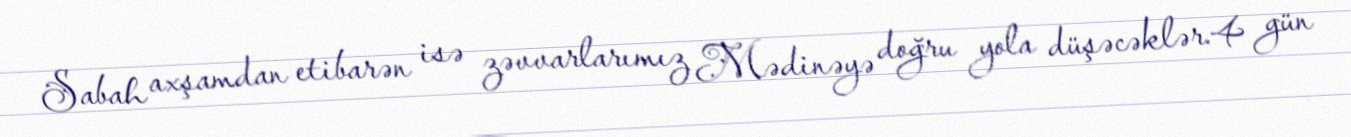
Sabah axşamdan etibarən isə zəvvarlarımız Mədinəyə doğru yola düşəcəklər.4 gün